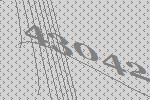
43042